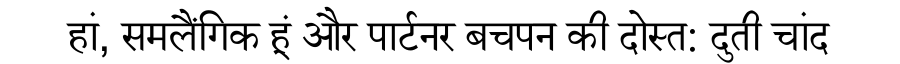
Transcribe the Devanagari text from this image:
हां, समलैंगिक हूं और पार्टनर बचपन की दोस्त: दुती चांद